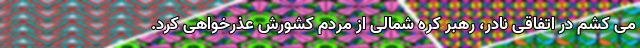
می کشم در اتفاقی نادر، رهبر کره شمالی از مردم کشورش عذرخواهی کرد.